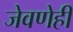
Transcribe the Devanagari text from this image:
जेवणेही